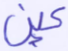
عين